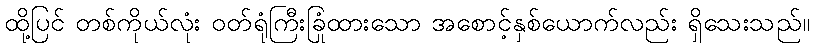
ထို့ပြင် တစ်ကိုယ်လုံး ဝတ်ရုံကြီးခြုံထားသော အစောင့်နှစ်ယောက်လည်း ရှိသေးသည်။